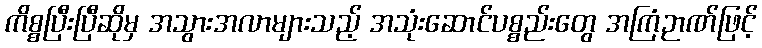
ကိစ္စပြီးပြီဆိုမှ အသွားအလာများသည့် အသုံးဆောင်ပစ္စည်းတွေ အကြံဉာဏ်ဖြင့်